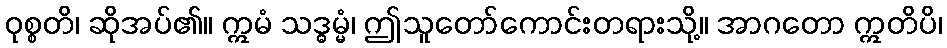
ဝုစ္စတိ၊ ဆိုအပ်၏။ ဣမံ သဒ္ဓမ္မံ၊ ဤသူတော်ကောင်းတရားသို့။ အာဂတော ဣတိပိ၊